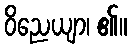
ဝိညေယျာ၊ ၏။